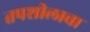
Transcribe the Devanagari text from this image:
तपशीलाचा